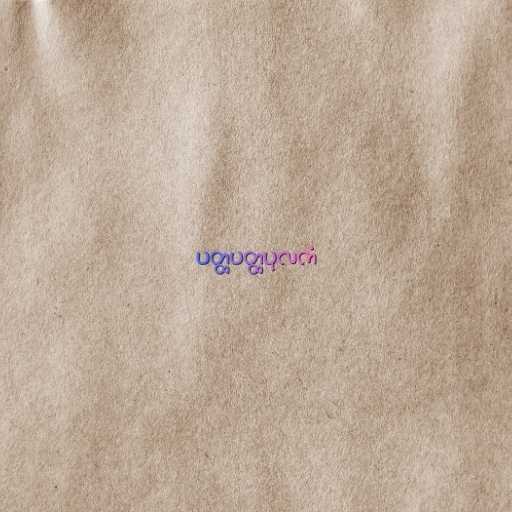
ပတ္ထပတ္ထပုလကံ